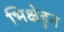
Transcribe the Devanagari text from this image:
भिक्षेहून